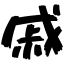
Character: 戚